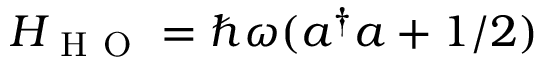
H _ { \mathrm { ~ H ~ O ~ } } = \hbar \omega ( a ^ { \dag } a + 1 / 2 )